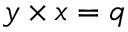
y \times x = q